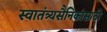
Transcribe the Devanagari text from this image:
स्वातंत्र्यसैनिकांसाठी